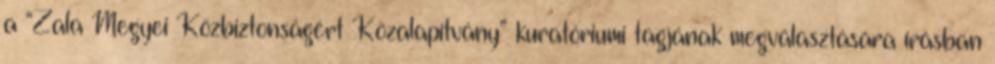
a “Zala Megyei Közbiztonságért Közalapítvány” kuratóriumi tagjának megválasztására írásban